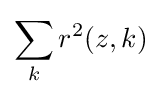
\sum _{k}r^{2}(z,k)